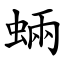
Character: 蜽